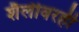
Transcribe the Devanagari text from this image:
शैलीवरही